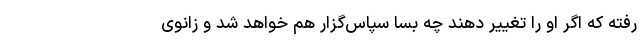
رفته که اگر او را تغییر دهند چه بسا سپاس‌گزار هم خواهد شد و زانوی